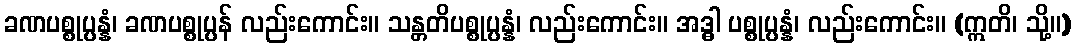
ခဏပစ္စုပ္ပန္နံ၊ ခဏပစ္စုပ္ပန် လည်းကောင်း။ သန္တတိပစ္စုပ္ပန္နံ၊ လည်းကောင်း။ အဒ္ဓါ ပစ္စုပ္ပန္နံ၊ လည်းကောင်း။ (ဣတိ၊ သို့။)